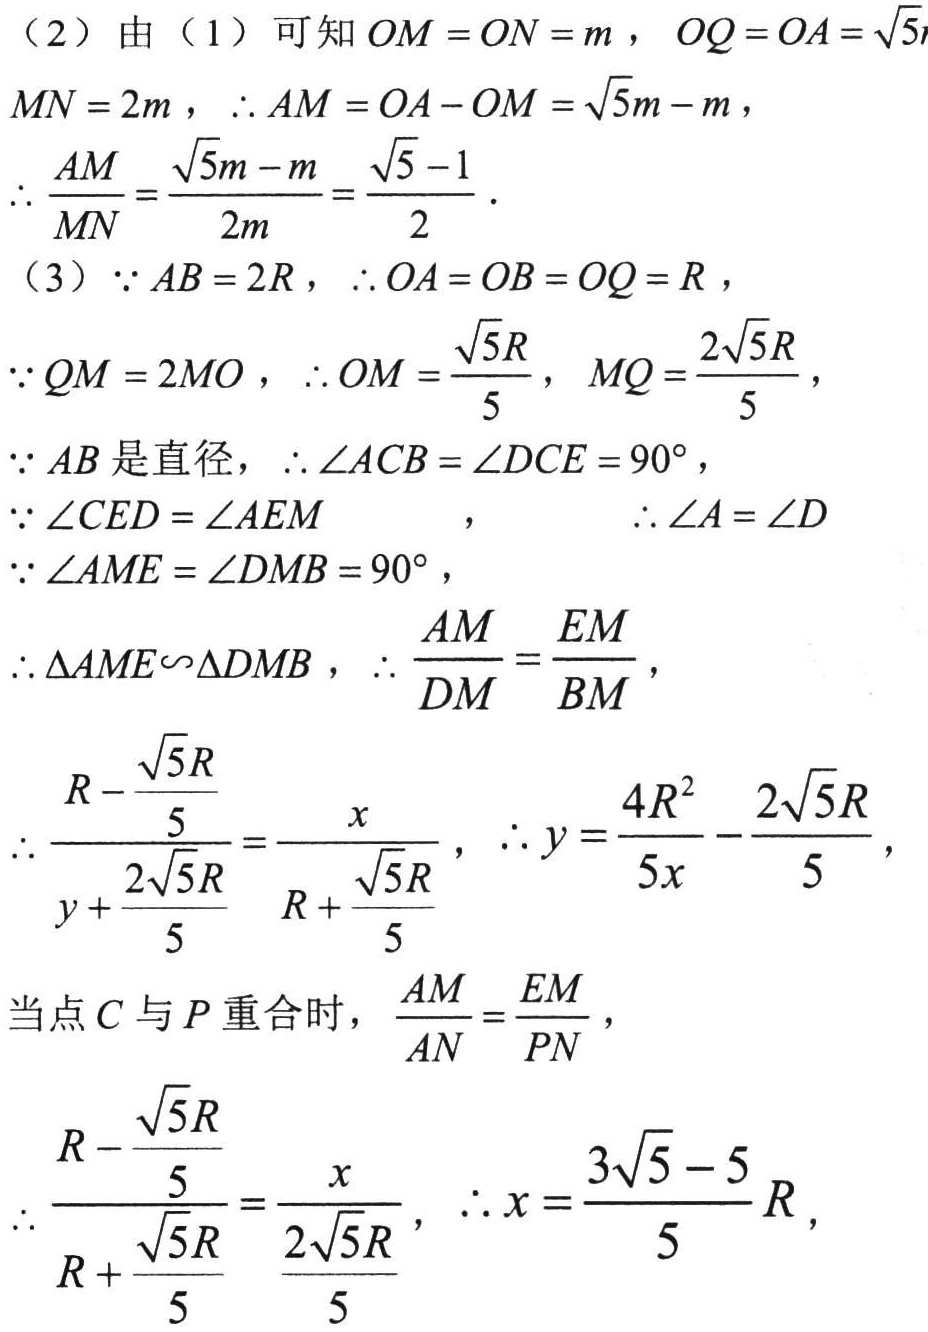
（2）由（1）可知 \(OM = ON = m\)，\(OQ = OA=\sqrt{5}m\)，
\(MN = 2m\)，\(\therefore AM = OA - OM=\sqrt{5}m - m\)，
\(\therefore \frac{AM}{MN}=\frac{\sqrt{5}m - m}{2m}=\frac{\sqrt{5}-1}{2}\)。
（3）\(\because AB = 2R\)，\(\therefore OA = OB = OQ = R\)，
\(\because QM = 2MO\)，\(\therefore OM=\frac{\sqrt{5}R}{5}\)，\(MQ=\frac{2\sqrt{5}R}{5}\)，
\(\because AB\)是直径，\(\therefore \angle ACB=\angle DCE = 90^{\circ}\)，
\(\because \angle CED=\angle AEM\)  ，  \(\therefore \angle A=\angle D\)
\(\because \angle AME=\angle DMB = 90^{\circ}\)，
\(\therefore \triangle AME\sim\triangle DMB\)，\(\therefore \frac{AM}{DM}=\frac{EM}{BM}\)，
\(\therefore \frac{R - \frac{\sqrt{5}R}{5}}{y+\frac{2\sqrt{5}R}{5}}=\frac{x}{R+\frac{\sqrt{5}R}{5}}\)，\(\therefore y=\frac{4R^{2}}{5x}-\frac{2\sqrt{5}R}{5}\)，
当点 \(C\) 与 \(P\) 重合时，\(\frac{AM}{AN}=\frac{EM}{PN}\)，
\(\therefore \frac{R - \frac{\sqrt{5}R}{5}}{R+\frac{\sqrt{5}R}{5}}=\frac{x}{\frac{2\sqrt{5}R}{5}}\)，\(\therefore x=\frac{3\sqrt{5}-5}{5}R\)，